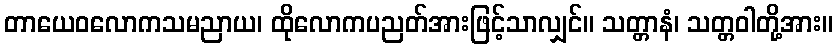
တာယေဝလောကသမညာယ၊ ထိုလောကပညတ်အားဖြင့်သာလျှင်။ သတ္တာနံ၊ သတ္တဝါတို့အား။